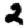
Digit: 2